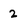
Character: 2